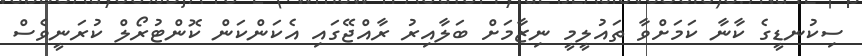
ސިކުނޑީގެ ކާނާ ކަމަށްވާ ތައުލީމީ ނިޒާމަށް ބަލާއިރު ރާއްޖޭގައި އެކަންކަން ކޮންޓުރޯލް ކުރަނީވެސް